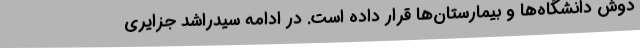
دوش دانشگاه‌ها و بیمارستان‌ها قرار داده است. در ادامه سیدراشد جزایری